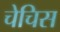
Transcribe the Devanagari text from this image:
चेचिस